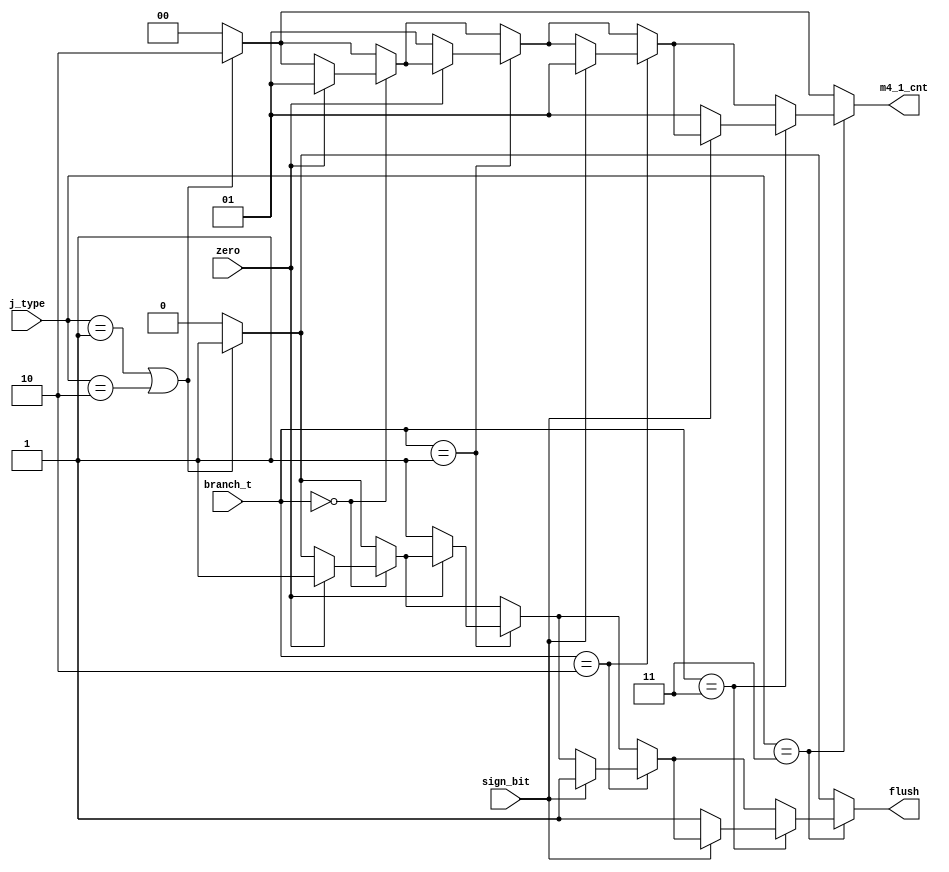
module JumpCnt(j_type, branch_t, sign_bit, zero, flush, m4_1_cnt);

    parameter JAL = 2'b01;
    parameter JAL_R = 2'b10;
    parameter BRANCH = 2'b11;

    parameter BEQ = 2'b00;
    parameter BNE = 2'b01;
    parameter BLT = 2'b10;
    parameter BGE = 2'b11;

    input [1:0] j_type, branch_t;
    input sign_bit, zero;
    output reg flush;
    output reg [1:0] m4_1_cnt;

    always @(j_type, branch_t, sign_bit, zero) begin

        {flush, m4_1_cnt} = 0;
        if (j_type == JAL | j_type == JAL_R)begin
            flush = 1'b1;
            m4_1_cnt = 2'b10;
        end
        if (j_type == BRANCH)begin

            if (branch_t == BEQ)begin
                if (zero == 1'b1)begin
                    flush = 1'b1;
                    m4_1_cnt = 2'b01;
                end
            end
            if (branch_t == BNE)begin
                if(zero == 1'b0)begin
                    flush = 1'b1;
                    m4_1_cnt = 2'b01;
                end
            end
            if (branch_t == BLT)begin
                if (sign_bit == 1'b1)begin
                    flush = 1'b1;
                    m4_1_cnt = 2'b01;
                end
            end
            if (branch_t == BGE)begin
                if (sign_bit == 1'b0)begin
                    flush = 1'b1;
                    m4_1_cnt = 2'b01;
                end
            end

        end
    end





endmodule